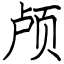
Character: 颅